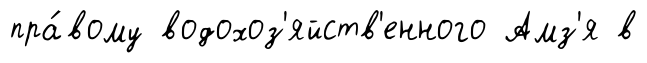
пра́вому водохоз'яйств'енного Амз'я в